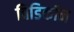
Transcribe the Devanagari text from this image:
विडिकॉन